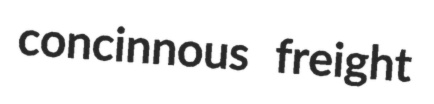
concinnous freight